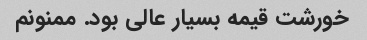
خورشت قیمه بسیار عالی بود. ممنونم